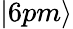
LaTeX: |6pm\rangle